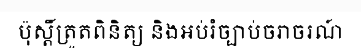
ប៉ុស្តិ៍ត្រួតពិនិត្យ និងអប់រំច្បាប់ចរាចរណ៍